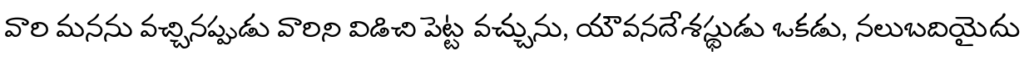
వారి మనను వచ్చినప్పుడు వారిని విడిచి పెట్ట వచ్చును, యౌవనదేశస్థుడు ఒకడు, నలుబదియైదు